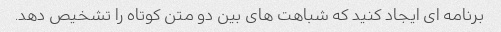
برنامه ای ایجاد کنید که شباهت های بین دو متن کوتاه را تشخیص دهد.